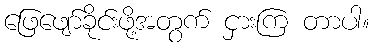
ဖြေဖျော်ခိုင်းဖို့အတွက် ငှားကြ တာပါ။